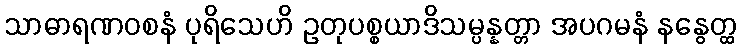
သာဓာရဏဝစနံ ပုရိသေဟိ ဥတုပစ္စယာဒိသမ္ပန္နတ္တာ အပဂမနံ နနွေတ္ထ